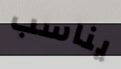
يناسب